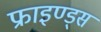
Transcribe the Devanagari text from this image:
फ्राइण्ड्स